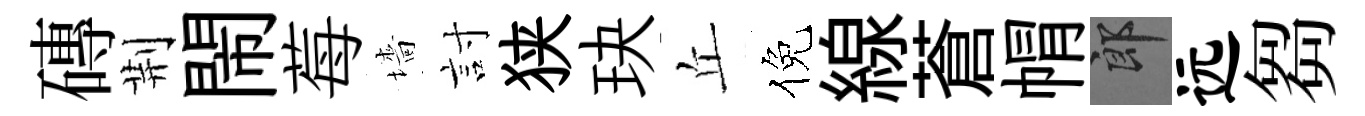
磚荆閙莓墻討狭玦丘倪線蒼㡌郎远芻